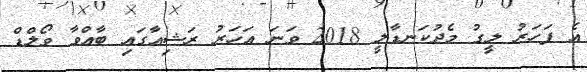
އެ ފަހަރު ލީގު މެދުކަނޑާލީ 2018 ވަނަ އަހަރު ރަޝިއާގައި ބާއްވާ ވޯލްޑް